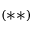
( \ast \ast )